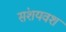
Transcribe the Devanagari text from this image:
संशयवश